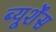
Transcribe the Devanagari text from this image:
ब्यूर्शेंस